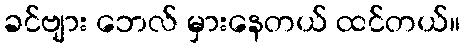
ခင်ဗျား ဘေလ် မှားနေတယ် ထင်တယ်။